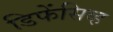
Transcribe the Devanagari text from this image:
डिफेंसिव्ह